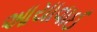
આયાવાઈ